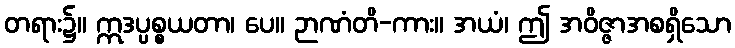
တရား၌။ ဣဒပ္ပစ္စယတာ၊ ပေ။ ဉာဏံတိ-ကား။ အယံ၊ ဤ အဝိဇ္ဇာအစရှိသော